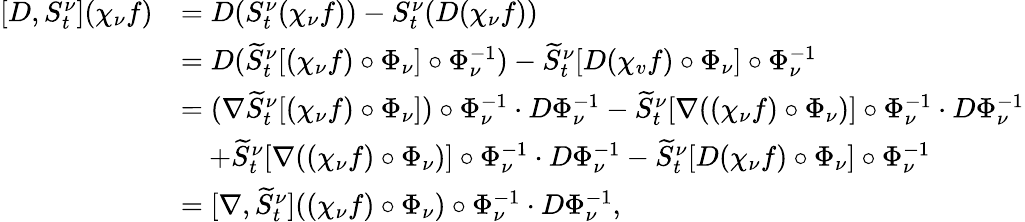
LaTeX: \begin{array}{rl}{[D,S_{t}^{\nu}](\chi_{\nu}f)}&{=D(S_{t}^{\nu}(\chi_{\nu}f))-S_{t}^{\nu}(D(\chi_{\nu}f))}\\ &{=D(\widetilde S_{t}^{\nu}[(\chi_{\nu}f)\circ\Phi_{\nu}]\circ\Phi_{\nu}^{-1})-\widetilde S_{t}^{\nu}[D(\chi_{v}f)\circ\Phi_{\nu}]\circ\Phi_{\nu}^{-1}}\\ &{=(\nabla\widetilde S_{t}^{\nu}[(\chi_{\nu}f)\circ\Phi_{\nu}])\circ\Phi_{\nu}^{-1}\cdot D\Phi_{\nu}^{-1}-\widetilde S_{t}^{\nu}[\nabla((\chi_{\nu}f)\circ\Phi_{\nu})]\circ\Phi_{\nu}^{-1}\cdot D\Phi_{\nu}^{-1}}\\ &{\quad+\widetilde S_{t}^{\nu}[\nabla((\chi_{\nu}f)\circ\Phi_{\nu})]\circ\Phi_{\nu}^{-1}\cdot D\Phi_{\nu}^{-1}-\widetilde S_{t}^{\nu}[D(\chi_{\nu}f)\circ\Phi_{\nu}]\circ\Phi_{\nu}^{-1}}\\ &{=[\nabla,\widetilde S_{t}^{\nu}]((\chi_{\nu}f)\circ\Phi_{\nu})\circ\Phi_{\nu}^{-1}\cdot D\Phi_{\nu}^{-1},}\end{array}